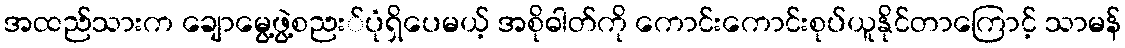
အထည်သားက ချောမွေ့ဖွဲ့စညး်ပုံရှိပေမယ့် အစိုဓါတ်ကို ကောင်းကောင်းစုပ်ယူနိုင်တာကြောင့် သာမန်